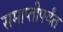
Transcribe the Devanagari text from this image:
समाप्‍तीपर्यंत